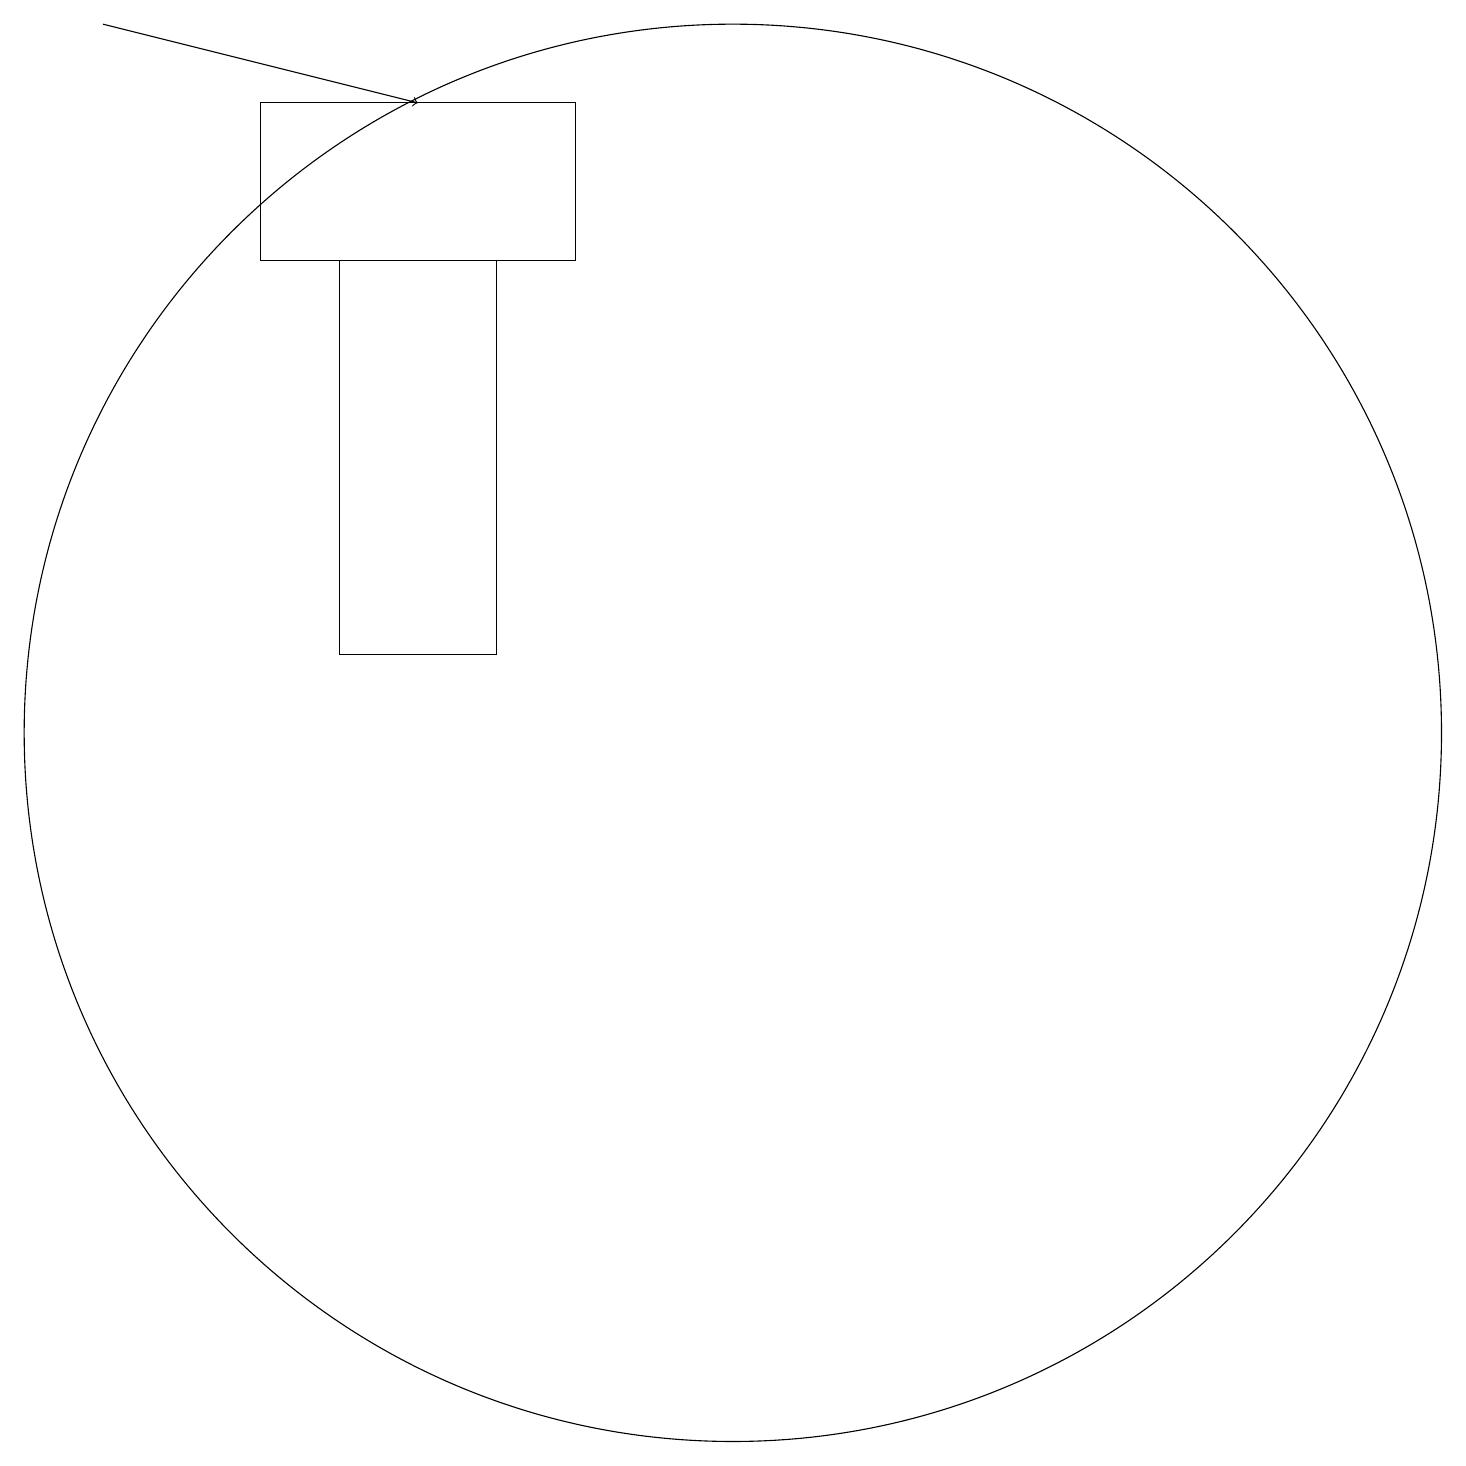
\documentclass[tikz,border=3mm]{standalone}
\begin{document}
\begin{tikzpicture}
\draw (5,18) rectangle (9,16);
\draw[->] (3,19) -- (7,18);
\draw (6,16) rectangle (8,11);
\draw (11,10) circle (9);
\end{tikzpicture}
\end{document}